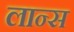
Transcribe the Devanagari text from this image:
लान्‍स